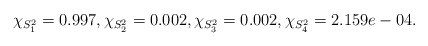
\begin{align*}\chi_{S^2_1} = 0.997, \chi_{S^2_2} = 0.002, \chi_{S^2_3}= 0.002, \chi_{S^2_4} = 2.159e-04.\end{align*}